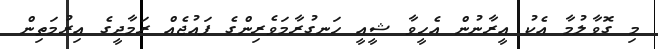
މި ގޮވާލުމާ އެކު އީރާނުން އެހީވާ ޝީއީ ހަނގުރާމަވެރިންގެ ފައުޖެއް ރަމާދީގެ އިރުމަތިން